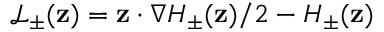
\mathcal { L } _ { \pm } ( \mathbf { z } ) = \mathbf { z } \cdot \nabla H _ { \pm } ( \mathbf { z } ) / 2 - H _ { \pm } ( \mathbf { z } )